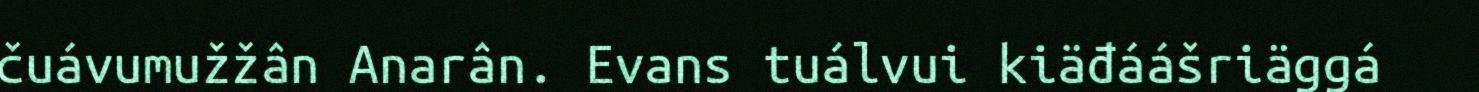
čuávumužžân Anarân. Evans tuálvui kiäđáášriäggá